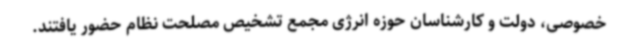
خصوصی، دولت و کارشناسان حوزه انرژی مجمع تشخیص مصلحت نظام حضور یافتند.